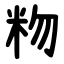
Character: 粅